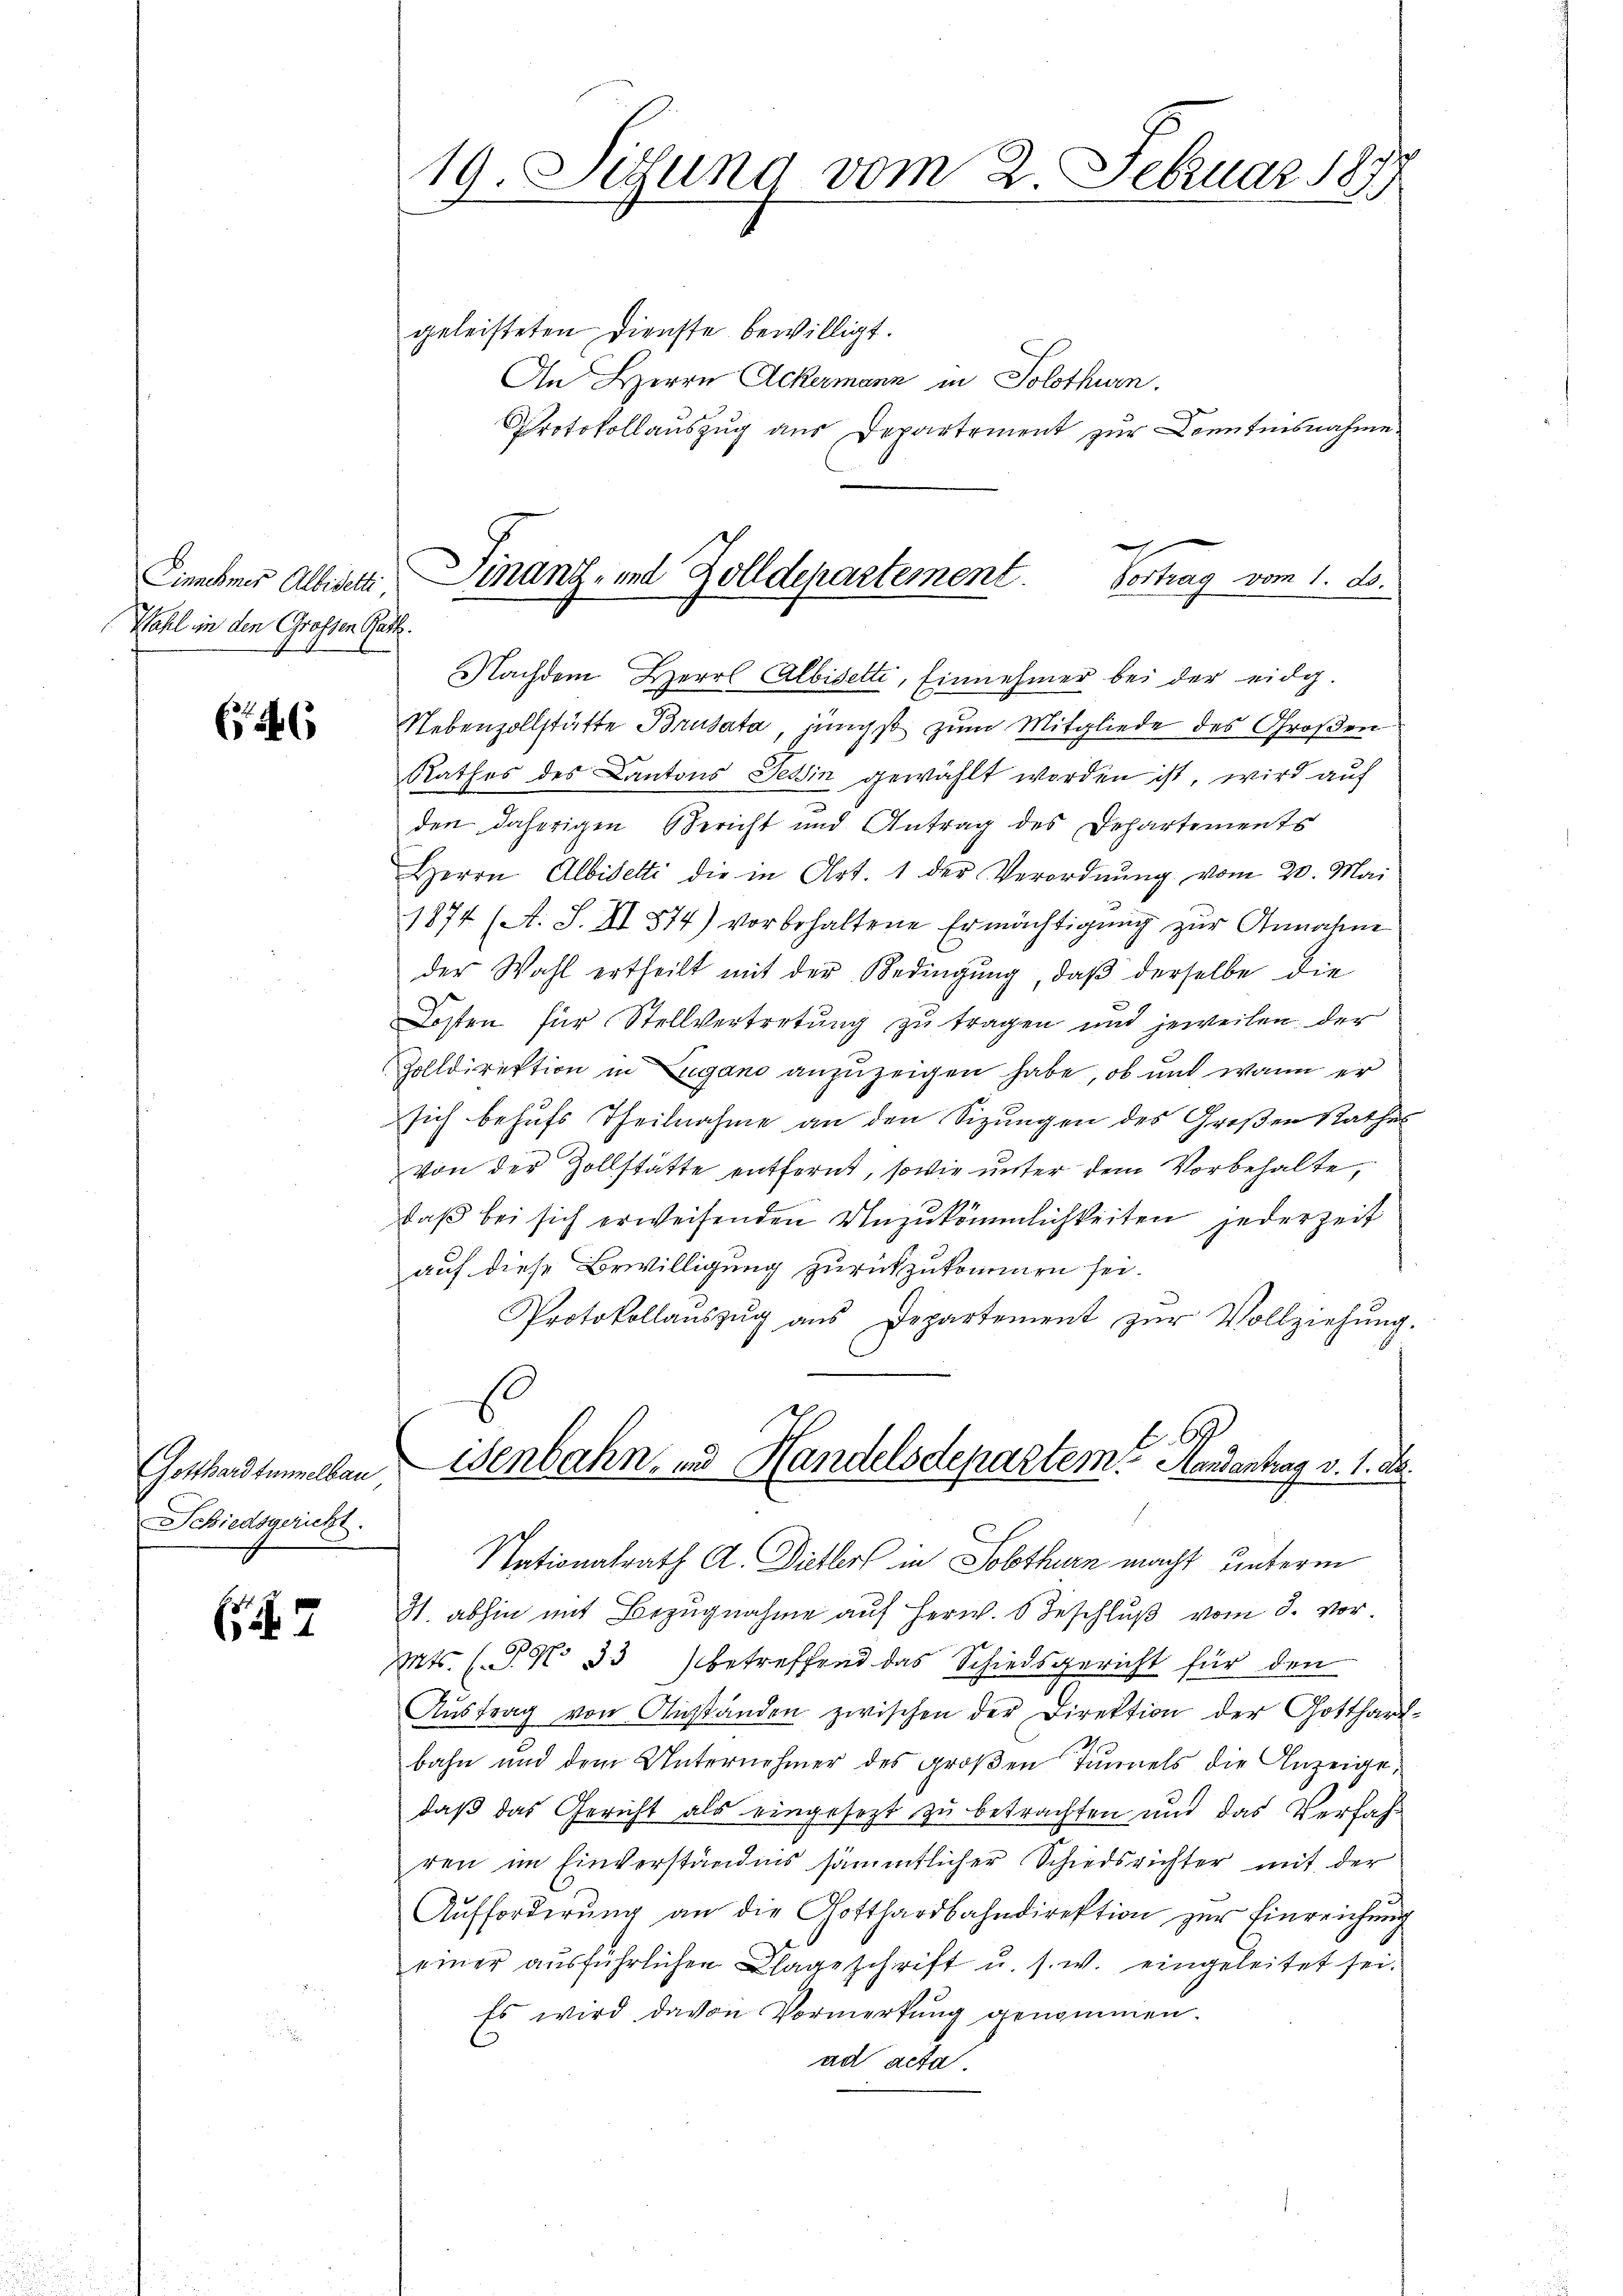
Wahl in den Grossen Gack.

46

Gotthardtunnelbau
Schiedsgericht.

7

19. Sitzung vom 2. Februar 187

geleisteten Dienste bewilligt.
An Herrn Ackermann in Solothurn.
Protokollauszug aus Departement zur Kenntnisnahme
Nachdem Herrl Albiselte, Einnehmer bei der eidg.
Nebenzollstätte Brusata jüngst zum Mitgliede des Großen
Rathes des Cantons Tessin gewählt worden ist, wird auf
den daherigen Bericht und Antrag des Departements
Herrn Albidetti die in Art. 1 der Verordnŭng vom 20. Mai
1874 (A. S. II 574) vorbehaltene Ermächtigung zur Annahme
der Wahl ertheilt mit der Bedingŭng, daβ derselbe die
Kosten für Stellvertretung zu tragen und jeweilen der
Zolldirektion in Eigano anzuzeigen habe, ob und wann er
sich behufs Theilnahme an den Sizungen des Großen Rathes
von der Zollstätte entfernt, sowie unter dem Vorbehalte,
daß bei sich erweisenden Unzukömmlichkeiten jederzeit
auf diese Bewilligung zurückzukommen sei.
Protokollaŭszŭg aŭs Departement zŭr Vollziehŭng.
s
isenbahn- und Handelsdepartem? Handantrag v. 1. De
Nationalrath A. Dichlers in Sobthurn macht unterm
H. abhin mit Bezŭgnahme auf Herw. 8 Beschlŭβ vom 3. vor.
Mts. (T. No 33 betreffend das Schiedsgericht für den
Aŭstrag von Anständen zwischen der Direktion der Gotthart
bahn und dem Unternehmer des groβen Tunnels die Anzeigedaß das Gericht als eingesezt zu betrachten und das Verfah-
ren im Einverständnis sämmtlicher Schiedsrichter mit der
Aufforderung an die Gotthardbahndirektion zur Einreichung
einer aŭsführlichen Klageschrift u. s. w. eingeleitet sei.
Es wird davon Vormerkung genommen.
ad acta.

g
Einnehmer Albisch, Finanz- und Zolldepartement. Vortrag vom 1. ds.